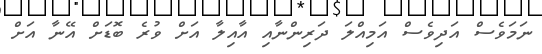
ނަމަވެސް އަދިވެސް އަމިއްލަ ދަރިންނާއި އާއިލާ އަށް ވުރެ ބޮޑަށް އޭނާ އަށް